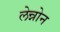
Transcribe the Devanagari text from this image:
लेन्नोन